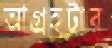
আগ্রহটার